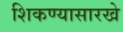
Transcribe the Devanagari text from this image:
शिकण्यासारखे